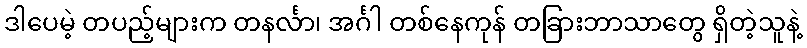
ဒါပေမဲ့ တပည့်များက တနင်္လာ၊ အင်္ဂါ တစ်နေကုန် တခြားဘာသာတွေ ရှိတဲ့သူနဲ့